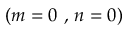
{ ( m = 0 \mathrm { ~ , ~ } n = 0 ) }